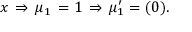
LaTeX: { x } \, \Rightarrow \, \mu _ { 1 } \, = 1 \, \Rightarrow \, \mu _ { 1 } ^ { \prime } = ( 0 ) . \nonumber \,